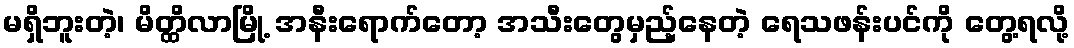
မရှိဘူးတဲ့၊ မိတ္ထိလာမြို့ အနီးရောက်တော့ အသီးတွေမှည့်နေတဲ့ ရေသဖန်းပင်ကို တွေ့ရလို့